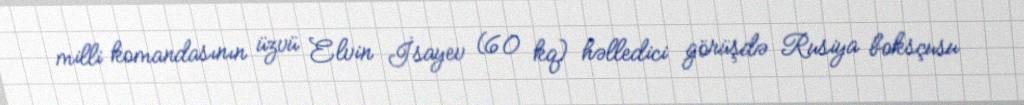
milli komandasının üzvü Elvin İsayev (60 kq) həlledici görüşdə Rusiya boksçusu